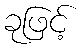
ခုဖြင့်